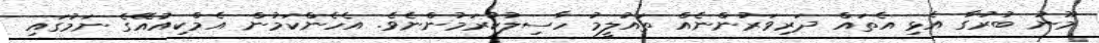
މޫނު ބުރުގާ އެޅި އެތައް ދަރިވަރުންނެއް ތައުލީމު ހާސިލުކުރަމުންނެވެ. އެހެންކަމުން އެމްކިއުއޭގެ ނަމުގައި